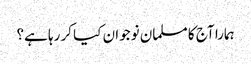
ہمارا آج کا مسلمان نوجوان کیا کر رہا ہے؟